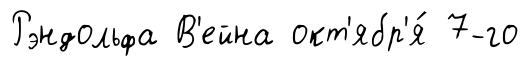
Рэндольфа В'ейна окт'ябр'я́ 7-го